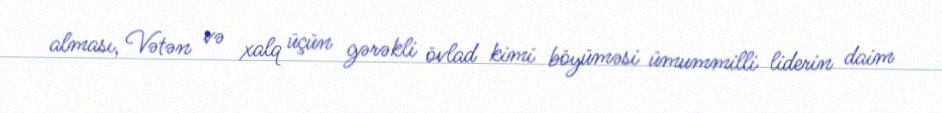
alması, Vətən və xalq üçün gərəkli övlad kimi böyüməsi ümummilli liderin daim